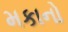
મકાનો